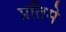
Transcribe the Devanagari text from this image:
प्रतिमे